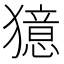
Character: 𤢛